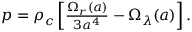
\begin{array} { r } { p = \rho _ { c } \left[ \frac { \Omega _ { r } ( a ) } { 3 a ^ { 4 } } - \Omega _ { \lambda } ( a ) \right] . } \end{array}